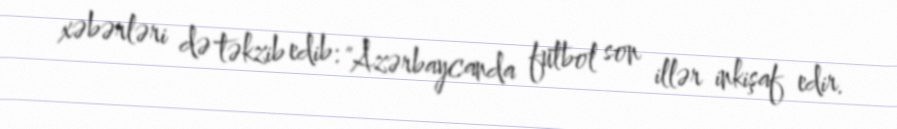
xəbərləri də təkzib edib: "Azərbaycanda futbol son illər inkişaf edir.